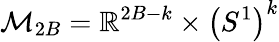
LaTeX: \mathcal{M}_{2B}=\mathbb{R}^{2B-k}\times\left(S^{1}\right)^{k}